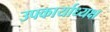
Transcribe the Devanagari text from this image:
उपकार्याध्यक्ष